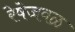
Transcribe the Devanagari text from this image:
रेषेजवळ